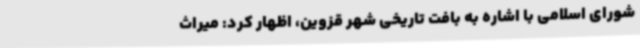
شورای اسلامی با اشاره به بافت تاریخی شهر قزوین، اظهار کرد: میراث